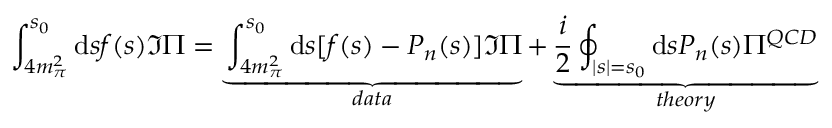
\int _ { 4 m _ { \pi } ^ { 2 } } ^ { s _ { 0 } } \mathrm { d } s f ( s ) \Im \Pi = \underbrace { \int _ { 4 m _ { \pi } ^ { 2 } } ^ { s _ { 0 } } \mathrm { d } s [ f ( s ) - P _ { n } ( s ) ] \Im \Pi } _ { d a t a } + \underbrace { \frac { i } { 2 } \oint _ { | s | = s _ { 0 } } \mathrm { d } s P _ { n } ( s ) \Pi ^ { Q C D } } _ { t h e o r y }